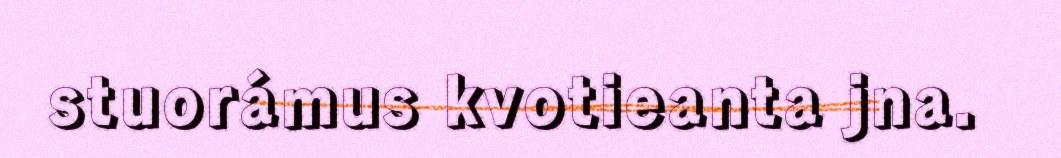
stuorámus kvotieanta jna.